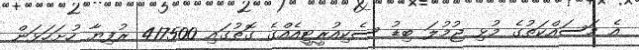
އެ މަސައްކަތުގެ މުޅި ޖުމުލަ ބިޑު ސެކިއުރީޓީއެއްގެ ގޮތުގައި 417500 ރުފިޔާ ހުށަހަޅަން